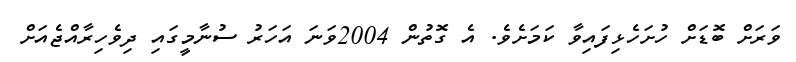
ވަރަށް ބޮޑަށް ހުށަހެޅިފައިވާ ކަމަށެވެ. އެ ގޮތުން 2004ވަނަ އަހަރު ސުނާމީގައި ދިވެހިރާއްޖެއަށް